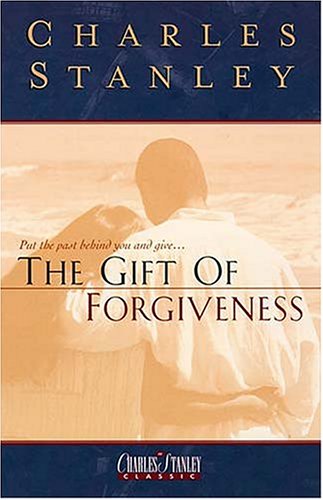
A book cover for The Gift Of Forgiveness; Dr. Charles F. Stanley; Christian Books & Bibles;